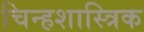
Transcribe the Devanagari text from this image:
चिन्हशास्त्रिक